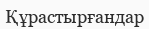
Құрастырғандар